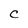
Character: a